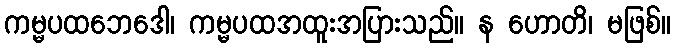
ကမ္မပထဘေဒေါ၊ ကမ္မပထအထူးအပြားသည်။ န ဟောတိ၊ မဖြစ်။